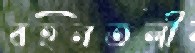
বহনতলী